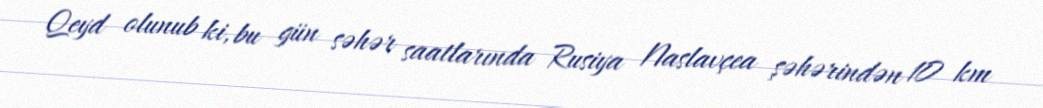
Qeyd olunub ki, bu gün səhər saatlarında Rusiya Naslavçea şəhərindən 10 km